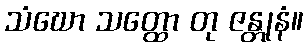
သံဃော သတ္ထော တု ဇန္တုနံ။